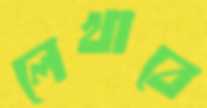
লেখাবে